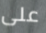
على